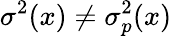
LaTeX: \sigma^{2}(x)\neq\sigma_{p}^{2}(x)